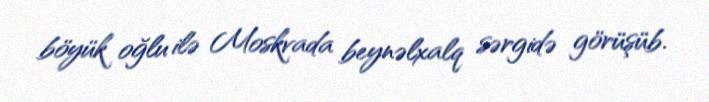
böyük oğlu ilə Moskvada beynəlxalq sərgidə görüşüb.